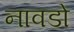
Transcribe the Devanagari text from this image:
नावडो